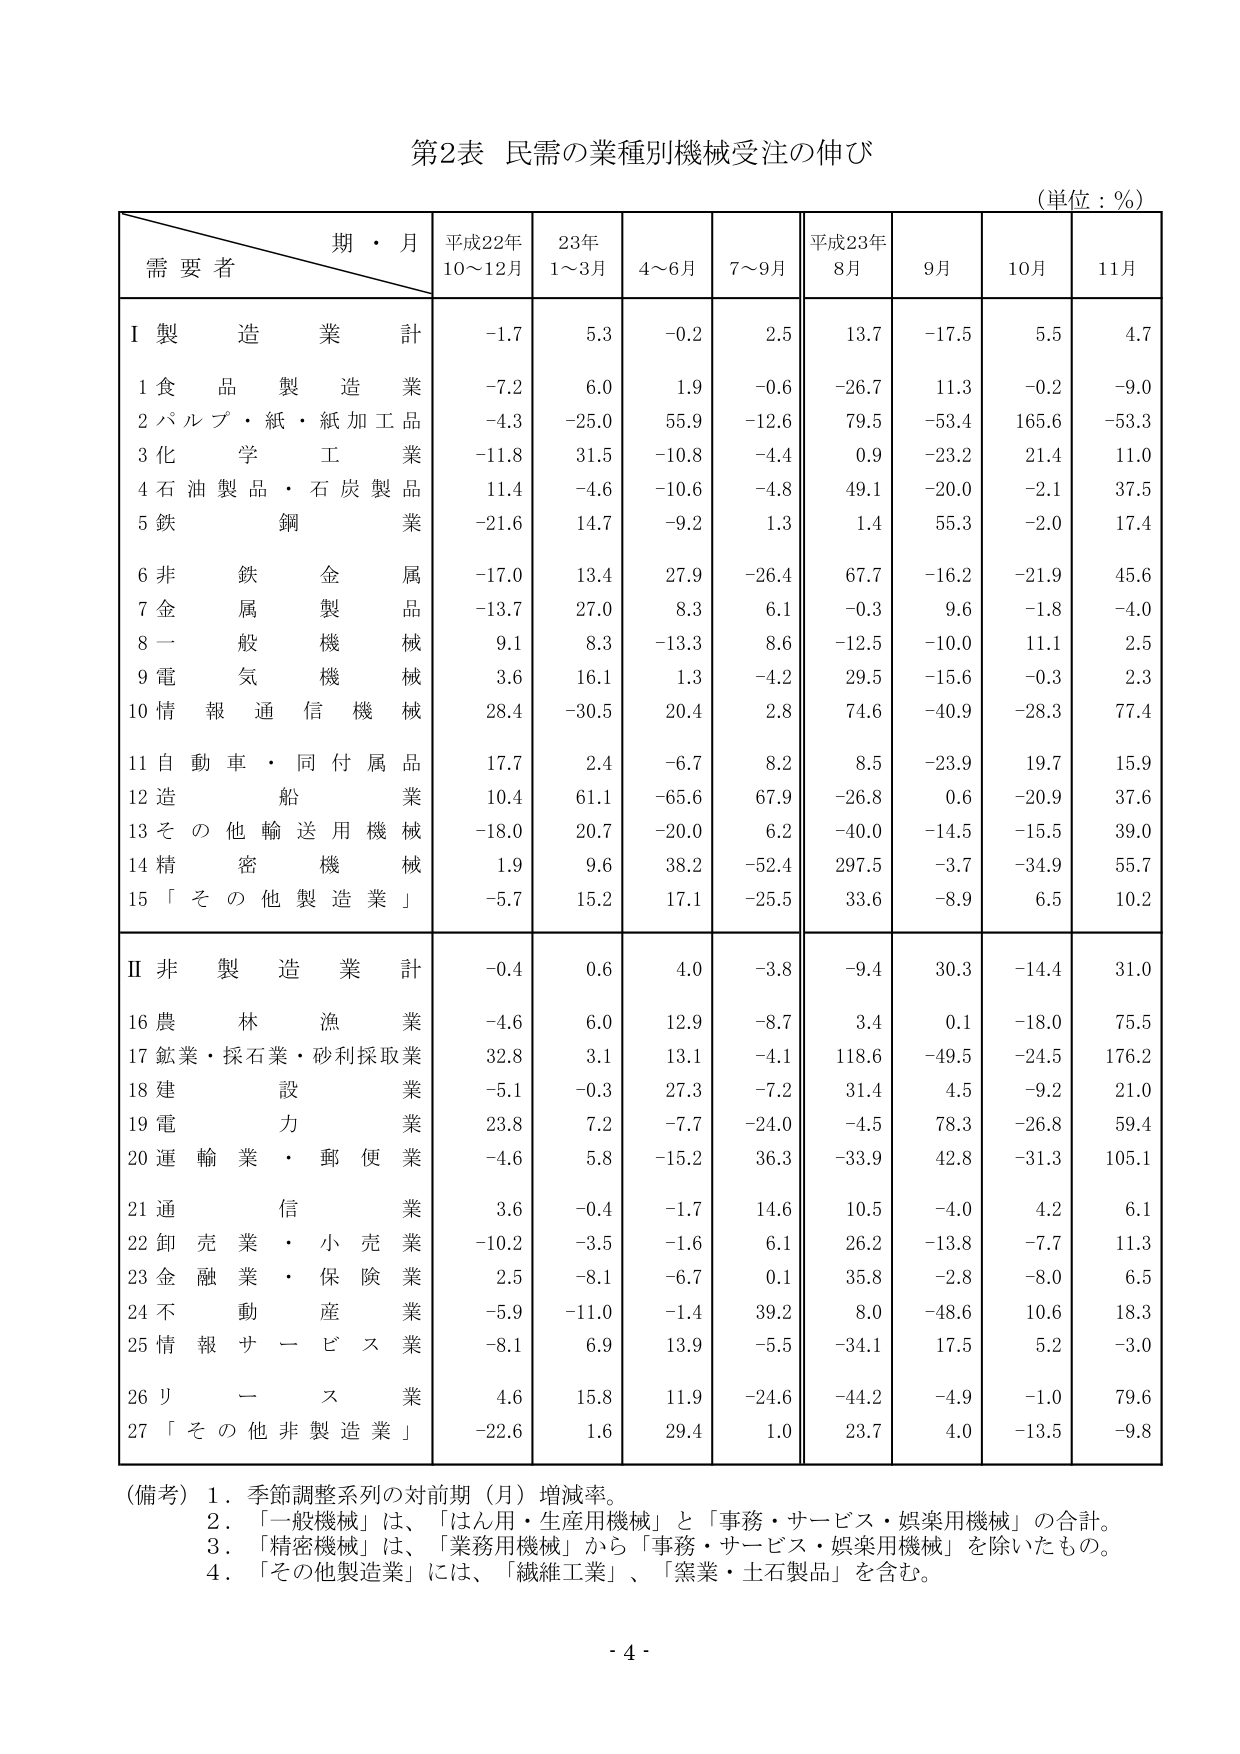
第2表 民需の業種別機械受注の伸び
（単位：％）

期・月
需要者
平成22年
10～12月
23年
1～3月
4～6月
7～9月
平成23年
8月
9月
10月
11月

Ⅰ 製造業 計
-1.7
5.3
-0.2
2.5
13.7
-17.5
5.5
4.7

1 食品製造業
-7.2
6.0
1.9
-0.6
-26.7
11.3
-0.2
-9.0

2 パルプ・紙・紙加工品
-4.3
-25.0
55.9
-12.6
79.5
-53.4
165.6
-53.3

3 化学工業
-11.8
31.5
-10.8
-4.4
0.9
-23.2
21.4
11.0

4 石油製品・石炭製品
11.4
-4.6
-10.6
-4.8
49.1
-20.0
-2.1
37.5

5 鉄鋼業
-21.6
14.7
-9.2
1.3
1.4
55.3
-2.0
17.4

6 非鉄金属属
-17.0
13.4
27.9
-26.4
67.7
-16.2
-21.9
45.6

7 金属製品
-13.7
27.0
8.3
6.1
-0.3
9.6
-1.8
-4.0

8 一般機械
9.1
8.3
-13.3
8.6
-12.5
-10.0
11.1
2.5

9 電気機械
3.6
16.1
1.3
-4.2
29.5
-15.6
-0.3
2.3

10 情報通信機械
28.4
-30.5
20.4
2.8
74.6
-40.9
-28.3
77.4

11 自動車・同付属品
17.7
2.4
-6.7
8.2
8.5
-23.9
19.7
15.9

12 造船業
10.4
61.1
-65.6
67.9
-26.8
0.6
-20.9
37.6

13 その他輸送用機械
-18.0
20.7
-20.0
6.2
-40.0
-14.5
-15.5
39.0

14 精密機械
1.9
9.6
38.2
-52.4
297.5
-3.7
-34.9
55.7

15 「その他製造業」
-5.7
15.2
17.1
-25.5
33.6
-8.9
6.5
10.2

Ⅱ 非製造業 計
-0.4
0.6
4.0
-3.8
-9.4
30.3
-14.4
31.0

16 農林漁業
-4.6
6.0
12.9
-8.7
3.4
0.1
-18.0
75.5

17 鉱業・採石業・砂利採取業
32.8
3.1
13.1
-4.1
118.6
-49.5
-24.5
176.2

18 建設業
-5.1
-0.3
27.3
-7.2
31.4
4.5
-9.2
21.0

19 電力業
23.8
7.2
-7.7
-24.0
-4.5
78.3
-26.8
59.4

20 運輸業・郵便業
-4.6
5.8
-15.2
36.3
-33.9
42.8
-31.3
105.1

21 通信業
3.6
-0.4
-1.7
14.6
10.5
-4.0
4.2
6.1

22 卸売業・小売業
-10.2
-3.5
-1.6
6.1
26.2
-13.8
-7.7
11.3

23 金融業・保険業
2.5
-8.1
-6.7
0.1
35.8
-2.8
-8.0
6.5

24 不動産業
-5.9
-11.0
-1.4
39.2
8.0
-48.6
10.6
18.3

25 情報サービス業
-8.1
6.9
13.9
-5.5
-34.1
17.5
5.2
-3.0

26 リース業
4.6
15.8
11.9
-24.6
-44.2
-4.9
-1.0
79.6

27 「その他非製造業」
-22.6
1.6
29.4
1.0
23.7
4.0
-13.5
-9.8

（備考）
1．季節調整系列の対前期（月）増減率。
2．「一般機械」は、「はん用・生産用機械」と「事務・サービス・娯楽用機械」の合計。
3．「精密機械」は、「業務用機械」から「事務・サービス・娯楽用機械」を除いたもの。
4．「その他製造業」には、「繊維工業」、「窯業・土石製品」を含む。

- 4 -